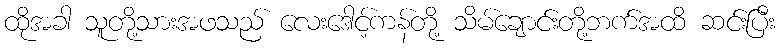
ထိုအခါ သူတို့သားအဖသည် လေးဒေါင့်ကန်တို့ သိမ်ချောင်းတို့ဘက်အထိ ဆင်းပြီး